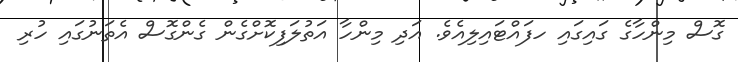
ގޮސް މިންހާގެ ގައިގައި ހފައްޓައިލިއެވެ. އަދި މިންހާ އަތުލަފިކޮށްގެން ގެންގޮސް އެތަނުގައި ހުރި